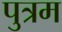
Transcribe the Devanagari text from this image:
पुत्रम